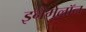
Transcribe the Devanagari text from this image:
इनैमेलॉन